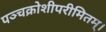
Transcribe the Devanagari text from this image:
पञ्चक्रोशीपरीमितम्।